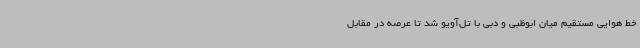
خط هوایی مستقیم میان ابوظبی و دبی با تل‌آویو شد تا عرصه در مقابل